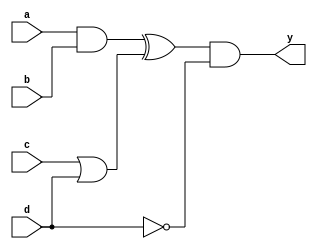
module multi_level_simplification (
    input wire a,      // Input variable a
    input wire b,      // Input variable b
    input wire c,      // Input variable c
    input wire d,      // Input variable d
    output wire y      // Output of the simplified logic function
);

// Intermediate signals for sub-functions
wire f1, f2, f3;

// Sub-function 1: Simplified logic for inputs a and b
// Example: f1 = a AND b
assign f1 = a & b;

// Sub-function 2: Simplified logic for inputs c and d
// Example: f2 = c OR d
assign f2 = c | d;

// Sub-function 3: Combine outputs of f1 and f2
// Example: f3 = f1 XOR f2
assign f3 = f1 ^ f2;

// Final output: y = f3 AND NOT d (example of further simplification)
assign y = f3 & ~d;

endmodule